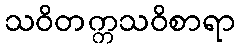
သဝိတက္ကသဝိစာရာ